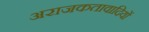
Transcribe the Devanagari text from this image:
अराजकतावादियों